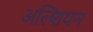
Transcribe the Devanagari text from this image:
अल्शियन